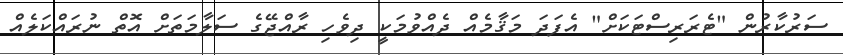
ސަރުކާރުން "ޓެރަރިސްޓަކަށް" އެފަދަ މަޤާމެއް ދެއްވުމަކީ ދިވެހި ރާއްޖޭގެ ސަލާމަތަށް އޮތް ނުރައްކަލެއް